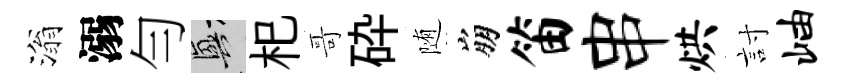
滃溺勻興𣏌哥砕随崩笛串烘討岫